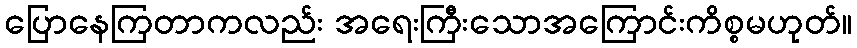
ပြောနေကြတာကလည်း အရေးကြီးသောအကြောင်းကိစ္စမဟုတ်။